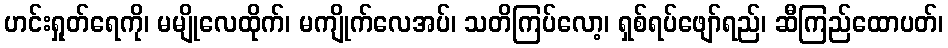
ဟင်းရှုတ်ရေကို၊ မမျိုလေထိုက်၊ မကျိုက်လေအပ်၊ သတိကြပ်လော့၊ ရှစ်ရပ်ဖျော်ရည်၊ ဆီကြည်ထောပတ်၊